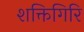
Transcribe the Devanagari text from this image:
शक्तिगिरि